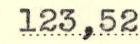
123,52